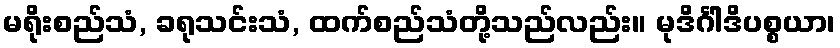
မရိုးစည်သံ, ခရုသင်းသံ, ထက်စည်သံတို့သည်လည်း။ မုဒိင်္ဂါဒိပစ္စယာ၊